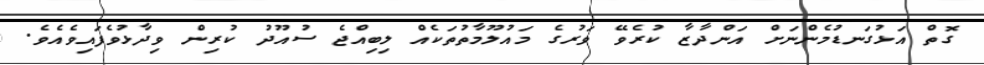
ގޮތް އަޅުގަނޑުމެންނަށް އަންދާޒާ ކުރެވޭ ވަރުގެ މައުލޫމާތުތަކެއް ލިބިއްޖެ ސުއޫދު ކުރިން ވިދާޅުވެފައިވެއެވެ.